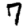
Digit: 7